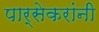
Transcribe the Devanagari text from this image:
पार्सेकरांंनी